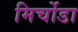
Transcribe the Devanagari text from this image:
मिर्चोडा